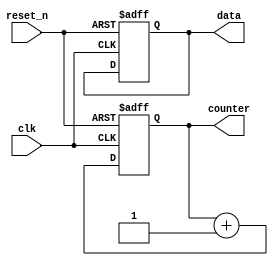
module initialization_example (
    input wire clk,        // Clock signal
    input wire reset_n,    // Active-low reset
    output reg [7:0] data, // Example register
    output reg [3:0] counter // Example counter
);

// Initialization Block
initial begin
    // Initialize registers to known values
    data = 8'd0;        // Setting 'data' register to 0
    counter = 4'd0;     // Setting 'counter' register to 0

    // You can add more initializations as needed
    // Ensure all significant registers are initialized
end

// Always block triggered by clock and reset
always @(posedge clk or negedge reset_n) begin
    if (!reset_n) begin
        // Reset conditions: set to initial state
        data <= 8'd0;    // Reset 'data' register to 0
        counter <= 4'd0; // Reset 'counter' register to 0
    end else begin
        // Normal operation (e.g., increment counter)
        counter <= counter + 1; // Example operation
    end
end

endmodule